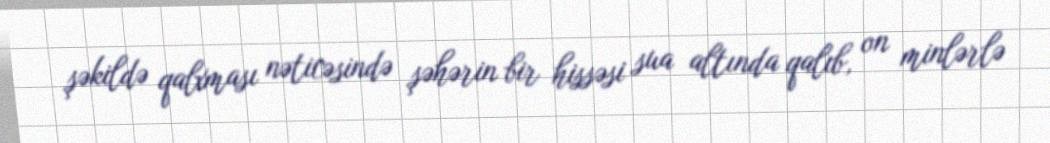
şəkildə qalxması nəticəsində şəhərin bir hissəsi sua altında qalıb, on minlərlə